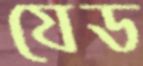
যেড